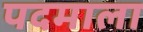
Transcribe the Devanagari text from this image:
पदमाला